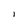
Character: l